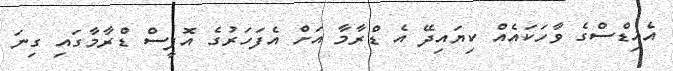
އެއިޑްސްގެ ވާހަކައެއް ކިޔައިދޭ އެ ޑްރާމާ އަށް އެފަހަރުގެ އޮފީސް ޑްރާމާގައި ގިނަ